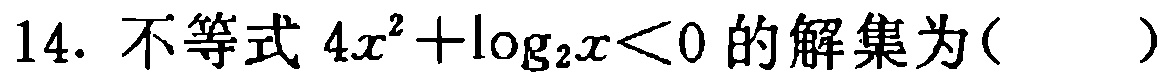
14. 不等式 \(4x^{2}+\log_{2}x<0\) 的解集为( )